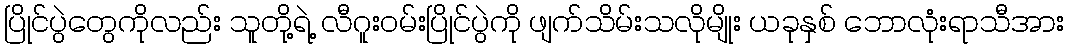
ပြိုင်ပွဲတွေကိုလည်း သူတို့ရဲ့ လီဂူးဝမ်းပြိုင်ပွဲကို ဖျက်သိမ်းသလိုမျိုး ယခုနှစ် ဘောလုံးရာသီအား